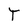
Character: T